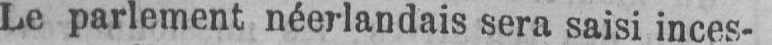
Le parlement néerlandais sera saisi inces-